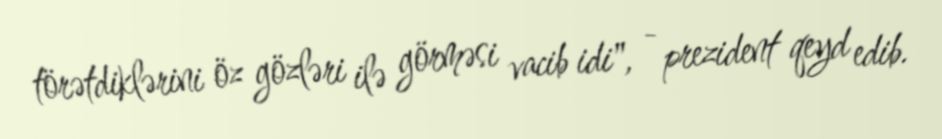
törətdiklərini öz gözləri ilə görməsi vacib idi", - prezident qeyd edib.